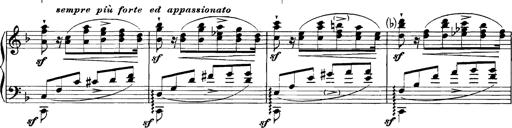
Title: Grandes Etudes
Composer: Franz Liszt